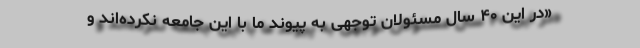
«در این ۴۰ سال مسئولان توجهی به پیوند ما با این جامعه نکرده‌اند و